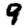
Digit: 9